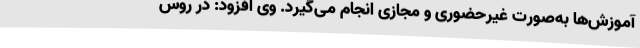
آموزش‌ها به‌صورت غیرحضوری و مجازی انجام می‌گیرد. وی افزود: در روس